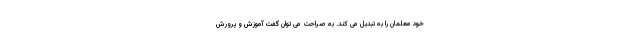
خود معلمان را به تبدیل می کند. به صراحت می توان گفت آموزش و پرورش